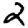
Digit: 2